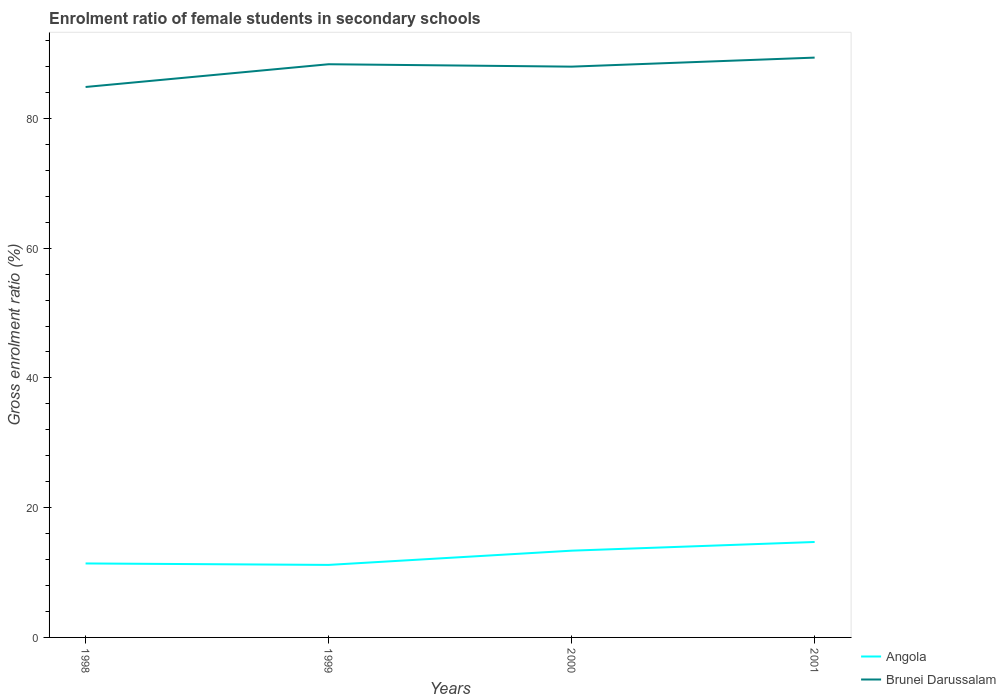
| Years | Angola | Brunei Darussalam |
 | --- | --- | --- |
 | 1998 | 11.4 | 84.9 |
 | 1999 | 11.2 | 88.4 |
 | 2000 | 13.4 | 88 |
 | 2001 | 14.7 | 89.4 |